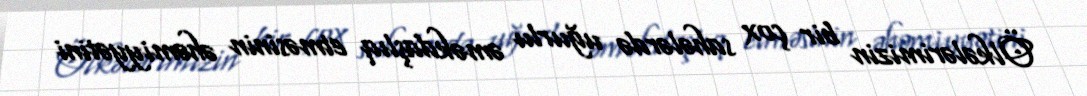
Ölkələrimizin bir çox sahələrdə uğurlu əməkdaşlıq etməsinin əhəmiyyətini